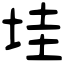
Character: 𡋣